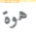
هوة